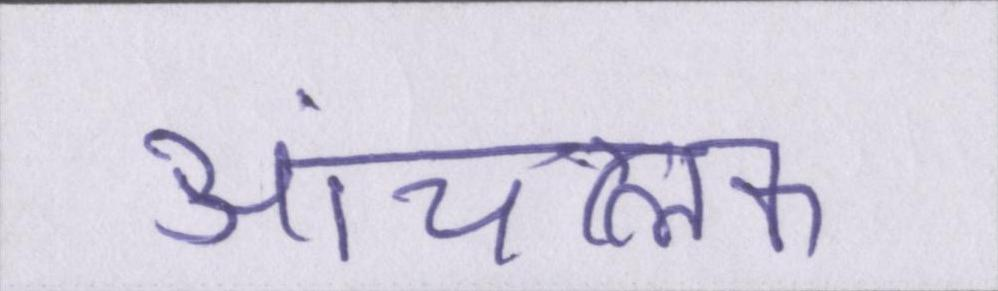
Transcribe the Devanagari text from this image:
आंचलिक